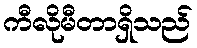
ကီလိုမီတာရှိသည်